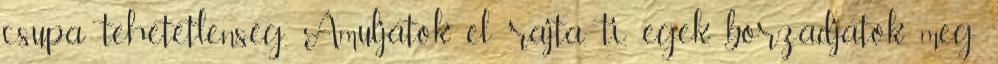
csupa tehetetlenség. Ámuljatok el rajta, ti, egek, borzadjatok meg